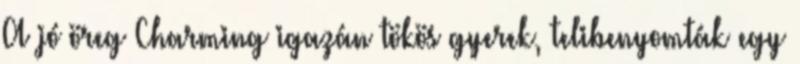
A jó öreg Charming igazán tökös gyerek, telibenyomták egy